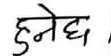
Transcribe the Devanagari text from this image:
हुनेछ